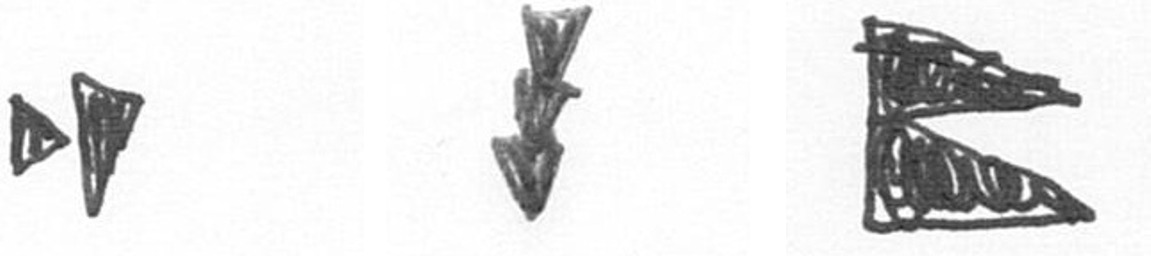
M E P